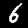
Digit: 6